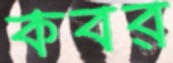
কবর